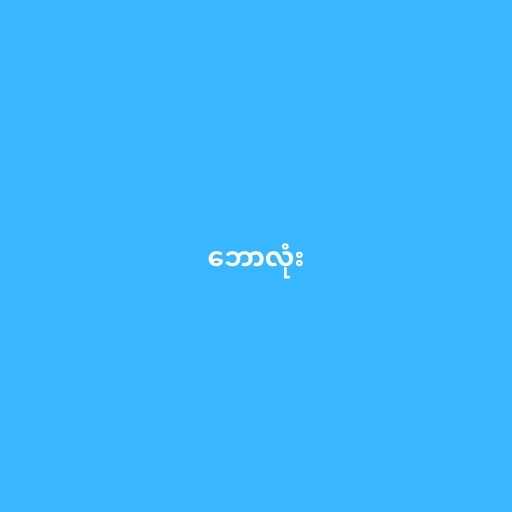
ဘောလုံး